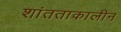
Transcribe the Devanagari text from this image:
शांतताकालीन